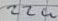
Text: 22u